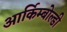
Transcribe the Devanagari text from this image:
आर्किम्बोल्डी